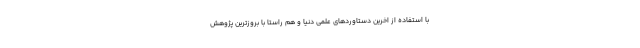
با استفاده از اخرین دستاوردهای علمی دنیا و هم راستا با بروزترین پژوهش